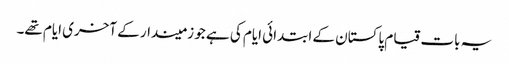
یہ بات قیام پاکستان کے ابتدائی ایام کی ہے جو زمیندار کے آخری ایام تھے۔